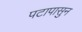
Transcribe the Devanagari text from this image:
पटापासुन